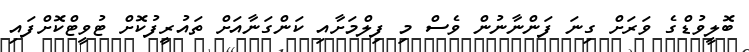
ބޮލީވުޑްގެ ވަރަށް ގިނަ ފަންނާނުން ވެސް މި ފިލްމަށާއި ކަންގަނާއަށް ތައުރީފުކޮށް ޓުވީޓްކޮށްފައި